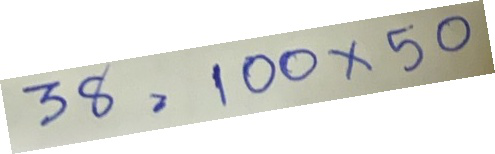
38 = 100x50